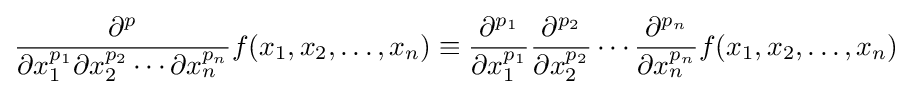
{\frac {\partial ^{p}}{\partial x_{1}^{p_{1}}\partial x_{2}^{p_{2}}\cdots \partial x_{n}^{p_{n}}}}f(x_{1},x_{2},\ldots ,x_{n})\equiv {\frac {\partial ^{p_{1}}}{\partial x_{1}^{p_{1}}}}{\frac {\partial ^{p_{2}}}{\partial x_{2}^{p_{2}}}}\cdots {\frac {\partial ^{p_{n}}}{\partial x_{n}^{p_{n}}}}f(x_{1},x_{2},\ldots ,x_{n})